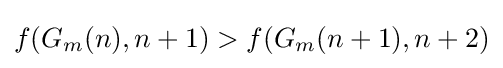
f(G_{m}(n),n+1)>f(G_{m}(n+1),n+2)